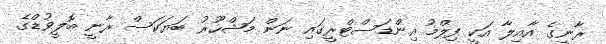
ރާނީގެ އާއިލާ އަކީ ފިލްމު އިންޑަސްޓްރީގައި ނަން މަޝްހޫރު ބަޔަކަސް ރާނީ ބޮލީވުޑްގެ